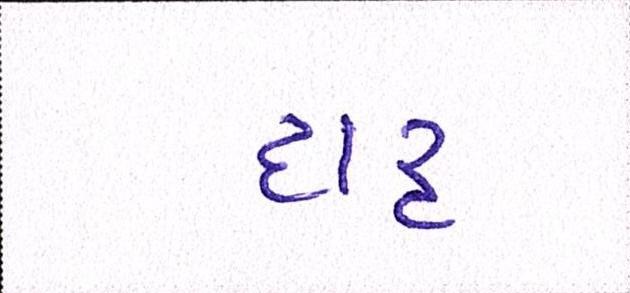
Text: દારૃ